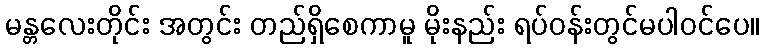
မန္တလေးတိုင်း အတွင်း တည်ရှိစေကာမူ မိုးနည်း ရပ်ဝန်းတွင်မပါဝင်ပေ။